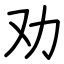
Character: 劝